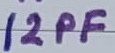
Text: 12PF